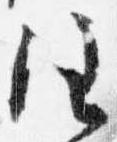
注